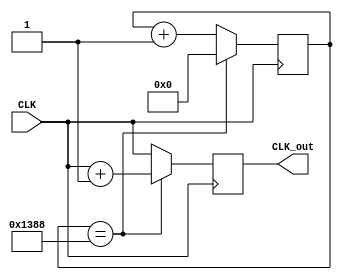
module counter2(CLK,CLK_out);
	input CLK;
	output CLK_out;
	reg CLK_out;
	reg [31:0] count;
	always@(posedge CLK)
	begin
		if(count == 32'd5000)
		begin
			CLK_out <= CLK + 1;
			count <= 0;
		end
		else
		begin
			CLK_out <= CLK;
			count <= count + 32'd1;
		end
	end
endmodule